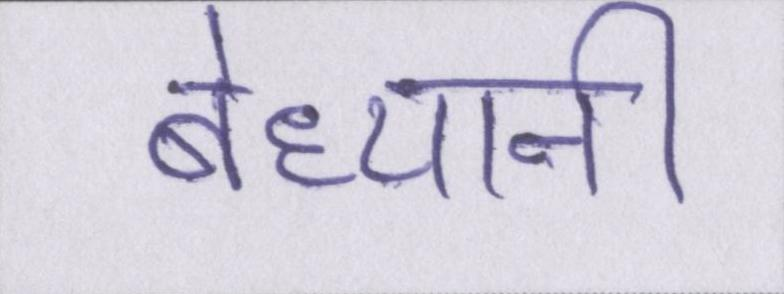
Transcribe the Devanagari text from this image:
बेध्यानी